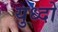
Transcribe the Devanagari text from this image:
युध्दो